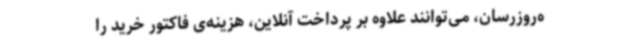
ه‌روزرسان، می‌توانند علاوه بر پرداخت آنلاین، هزینه‌ی فاکتور خرید را